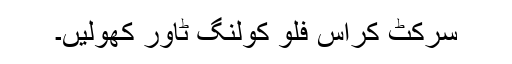
سرکٹ کراس فلو کولنگ ٹاور کھولیں۔